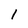
Character: 1